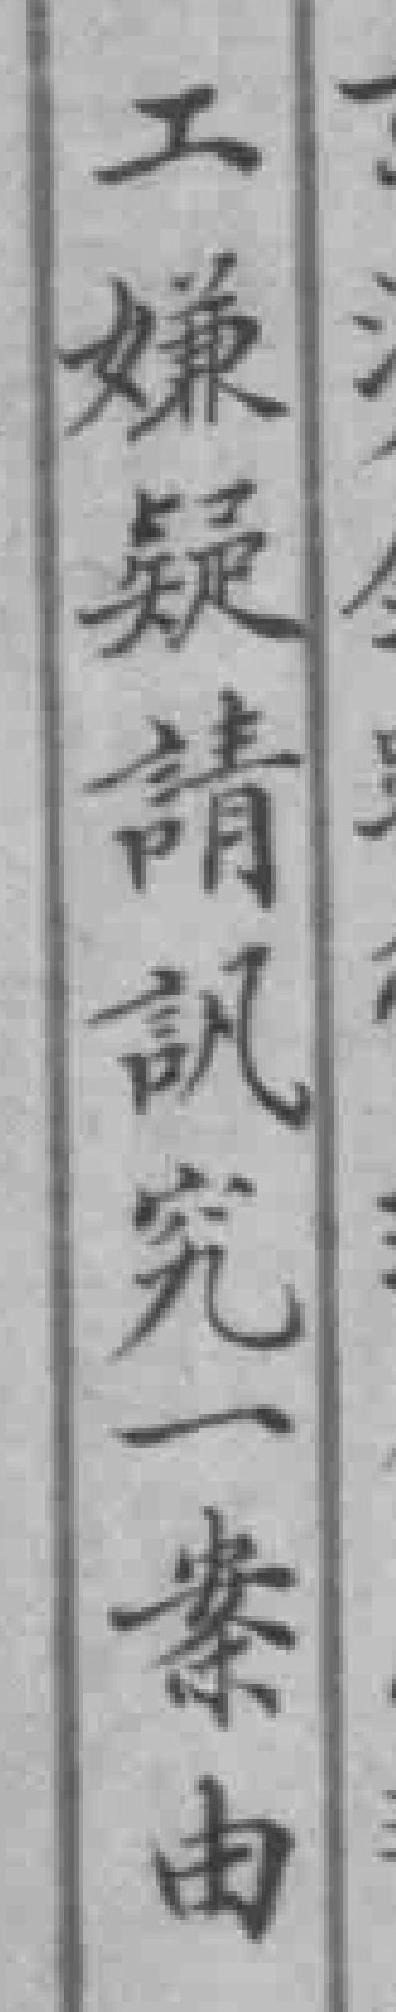
工嫌疑請訊究一案由